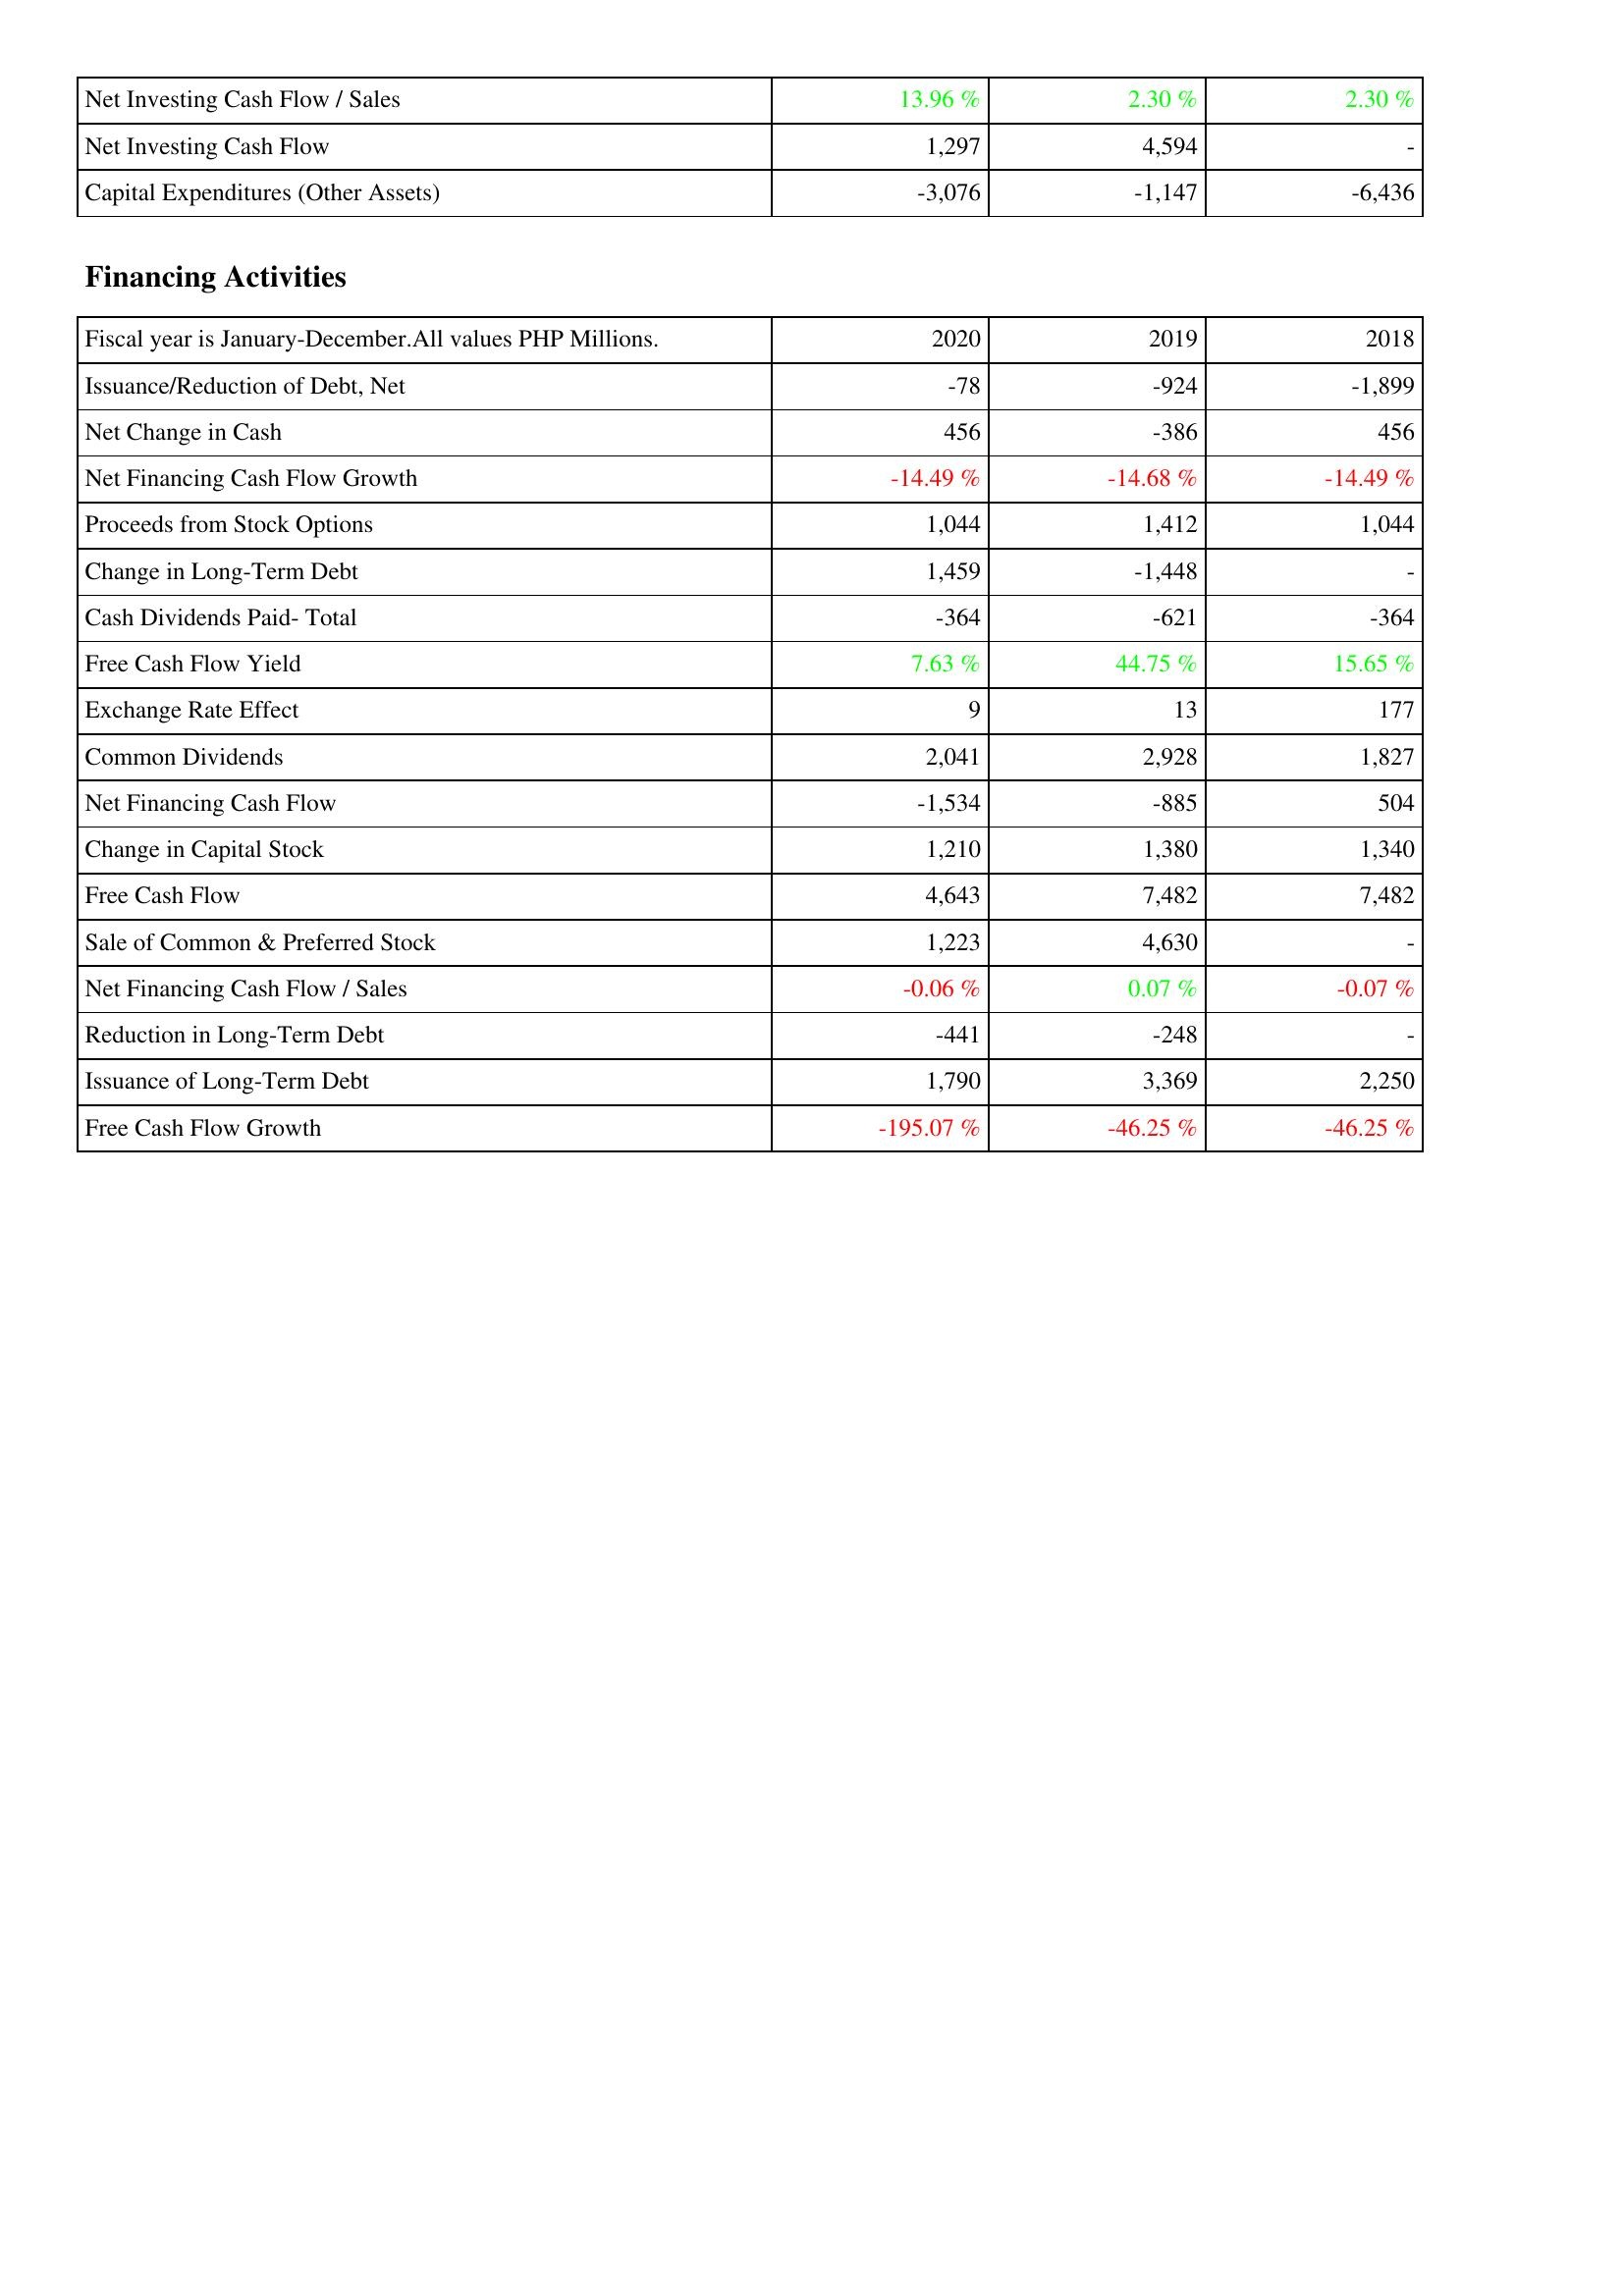
2020: Investing Activities: Net Investing Cash Flow / Sales: 13.96 %
Net Investing Cash Flow: 1,297
Capital Expenditures (Other Assets): -3,076
Financing Activities: Issuance/Reduction of Debt, Net: -78
Net Change in Cash: 456
Net Financing Cash Flow Growth: -14.49 %
Proceeds from Stock Options: 1,044
Change in Long-Term Debt: 1,459
Cash Dividends Paid- Total: -364
Free Cash Flow Yield: 7.63 %
Exchange Rate Effect: 9
Common Dividends: 2,041
Net Financing Cash Flow: -1,534
Change in Capital Stock: 1,210
Free Cash Flow: 4,643
Sale of Common & Preferred Stock: 1,223
Net Financing Cash Flow / Sales: -0.06 %
Reduction in Long-Term Debt: -441
Issuance of Long-Term Debt: 1,790
Free Cash Flow Growth: -195.07 %
2019: Investing Activities: Net Investing Cash Flow / Sales: 2.30 %
Net Investing Cash Flow: 4,594
Capital Expenditures (Other Assets): -1,147
Financing Activities: Issuance/Reduction of Debt, Net: -924
Net Change in Cash: -386
Net Financing Cash Flow Growth: -14.68 %
Proceeds from Stock Options: 1,412
Change in Long-Term Debt: -1,448
Cash Dividends Paid- Total: -621
Free Cash Flow Yield: 44.75 %
Exchange Rate Effect: 13
Common Dividends: 2,928
Net Financing Cash Flow: -885
Change in Capital Stock: 1,380
Free Cash Flow: 7,482
Sale of Common & Preferred Stock: 4,630
Net Financing Cash Flow / Sales: 0.07 %
Reduction in Long-Term Debt: -248
Issuance of Long-Term Debt: 3,369
Free Cash Flow Growth: -46.25 %
2018: Investing Activities: Net Investing Cash Flow / Sales: 2.30 %
Net Investing Cash Flow: -
Capital Expenditures (Other Assets): -6,436
Financing Activities: Issuance/Reduction of Debt, Net: -1,899
Net Change in Cash: 456
Net Financing Cash Flow Growth: -14.49 %
Proceeds from Stock Options: 1,044
Change in Long-Term Debt: -
Cash Dividends Paid- Total: -364
Free Cash Flow Yield: 15.65 %
Exchange Rate Effect: 177
Common Dividends: 1,827
Net Financing Cash Flow: 504
Change in Capital Stock: 1,340
Free Cash Flow: 7,482
Sale of Common & Preferred Stock: -
Net Financing Cash Flow / Sales: -0.07 %
Reduction in Long-Term Debt: -
Issuance of Long-Term Debt: 2,250
Free Cash Flow Growth: -46.25 %